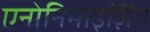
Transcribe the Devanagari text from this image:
एनोनिमाइज़िंग